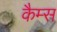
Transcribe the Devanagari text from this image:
कैम्स